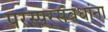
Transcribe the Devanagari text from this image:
परस्परसंबंधांना